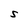
Character: S